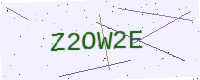
Text: Z2OW2E